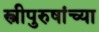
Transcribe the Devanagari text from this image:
स्त्रीपुरुषांच्या